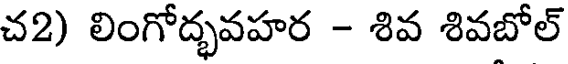
చ2) లింగోద్భవహర - శివ శివబోల్